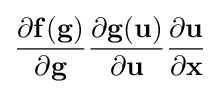
{\frac {\partial \mathbf {f} (\mathbf {g} )}{\partial \mathbf {g} }}{\frac {\partial \mathbf {g} (\mathbf {u} )}{\partial \mathbf {u} }}{\frac {\partial \mathbf {u} }{\partial \mathbf {x} }}